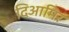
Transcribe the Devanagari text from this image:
दिआमिर